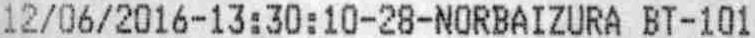
12/06/2016-13:30:10-28-NORBAIZURA BT-101